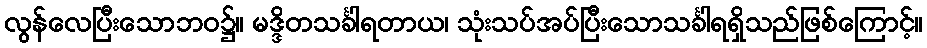
လွန်လေပြီးသောဘဝ၌။ မဒ္ဒိတသင်္ခါရတာယ၊ သုံးသပ်အပ်ပြီးသောသင်္ခါရရှိသည်ဖြစ်ကြောင့်။